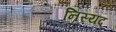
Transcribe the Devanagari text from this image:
निस्यद